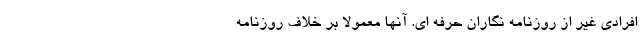
افرادی غیر از روزنامه نگاران حرفه ای. آنها معمولا بر خلاف روزنامه